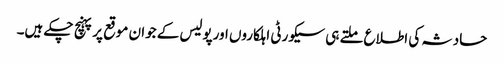
حادثہ کی اطلاع ملتے ہی سیکورٹی اہلکاروں اورپولیس کے جوان موقع پرپہنچ چکے ہیں۔